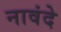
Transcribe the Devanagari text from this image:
नावंदे